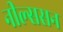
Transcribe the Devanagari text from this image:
नील्ससन